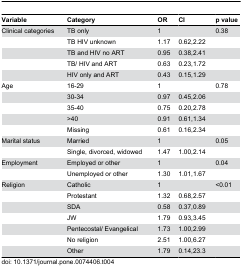
| Variable | Category | OR | CI | p value |
 | --- | --- | --- | --- | --- |
 | Clinical categories | TB only | 1 |  | 0.38 |
 |  | TB HIV unknown | 1.17 | 0.62,2.22 |  |
 |  | TB and HIV no ART | 0.95 | 0.38,2.41 |  |
 |  | TB/ HIV and ART | 0.63 | 0.23,1.72 |  |
 |  | HIV only and ART | 0.43 | 0.15,1.29 |  |
 | Age | 16-29 | 1 |  | 0.78 |
 |  | 30-34 | 0.97 | 0.45,2.06 |  |
 |  | 35-40 | 0.75 | 0.20,2.78 |  |
 |  | >40 | 0.91 | 0.61,1.34 |  |
 |  | Missing | 0.61 | 0.16,2.34 |  |
 | Marital status | Married | 1 |  | 0.05 |
 |  | Single, divorced, widowed | 1.47 | 1.00,2.14 |  |
 | Employment | Employed or other | 1 |  | 0.04 |
 |  | Unemployed or other | 1.30 | 1.01,1.67 |  |
 | Religion | Catholic | 1 |  | <0.01 |
 |  | Protestant | 1.32 | 0.68,2.57 |  |
 |  | SDA | 0.58 | 0.37,0.89 |  |
 |  | JW | 1.79 | 0.93,3.45 |  |
 |  | Pentecostal/ Evangelical | 1.73 | 1.00,2.99 |  |
 |  | No religion | 2.51 | 1.00,6.27 |  |
 |  | Other | 1.79 | 0.14,23.3 |  |